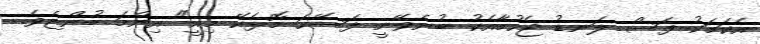
އެކަމަކު ފަސް ލަނޑު ޖެހުމާއެކު ބުނެވޭނީ ފަސޭހަ މޮޅެކޭ މިއީ" އިންމަ ބުންޏެވެ.